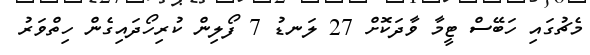
މެޗުގައި ހަބޭސް ޓީމާ ވާދަކޮށް 27 ލަނޑު 7 ފޯލިން ކުރިހޯދައިގެން ހިތްވަރު